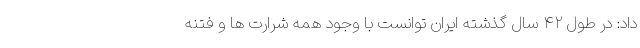
داد: در طول ۴۲ سال گذشته ایران توانست با وجود همه شرارت ها و فتنه